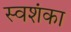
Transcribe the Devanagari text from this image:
स्वशंका